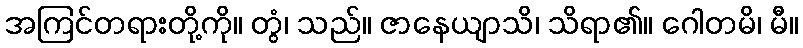
အကြင်တရားတို့ကို။ တွံ၊ သည်။ ဇာနေယျာသိ၊ သိရာ၏။ ဂေါတမိ၊ မီ။